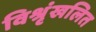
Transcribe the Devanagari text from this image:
विश्रृंखलित